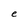
Character: e